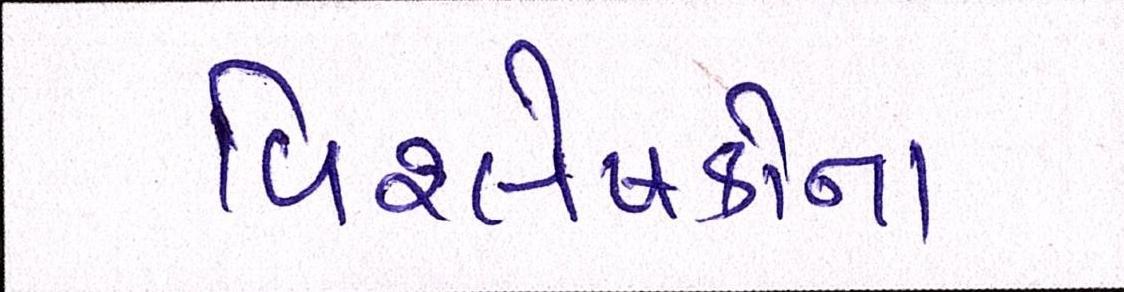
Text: વિશ્લેષકોના